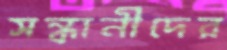
সন্ধানীদের